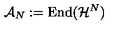
\mathcal { A } _ { N } : = \mathrm { E n d } ( \mathcal { H } ^ { N } )